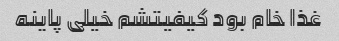
غذا خام بود کیفیتشم خیلی پاینه